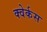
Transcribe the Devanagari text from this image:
क्वेर्कस